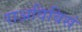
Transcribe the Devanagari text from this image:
राअविविसं